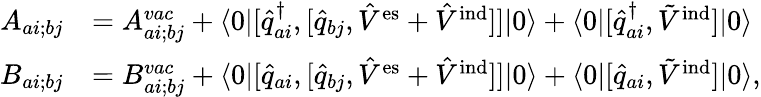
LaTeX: \begin{array}{rl}{A_{ai;bj}}&{=A_{ai;bj}^{vac}+\langle 0\vert[\hat{q}_{ai}^{\dagger},[\hat{q}_{bj},\hat{V}^{\mathrm{es}}+\hat{V}^{\mathrm{ind}}]]\vert 0\rangle+\langle 0\vert[\hat{q}_{ai}^{\dagger},\tilde{V}^{\mathrm{ind}}]\vert 0\rangle}\\ {B_{ai;bj}}&{=B_{ai;bj}^{vac}+\langle 0\vert[\hat{q}_{ai},[\hat{q}_{bj},\hat{V}^{\mathrm{es}}+\hat{V}^{\mathrm{ind}}]]\vert 0\rangle+\langle 0\vert[\hat{q}_{ai},\tilde{V}^{\mathrm{ind}}]\vert 0\rangle,}\end{array}